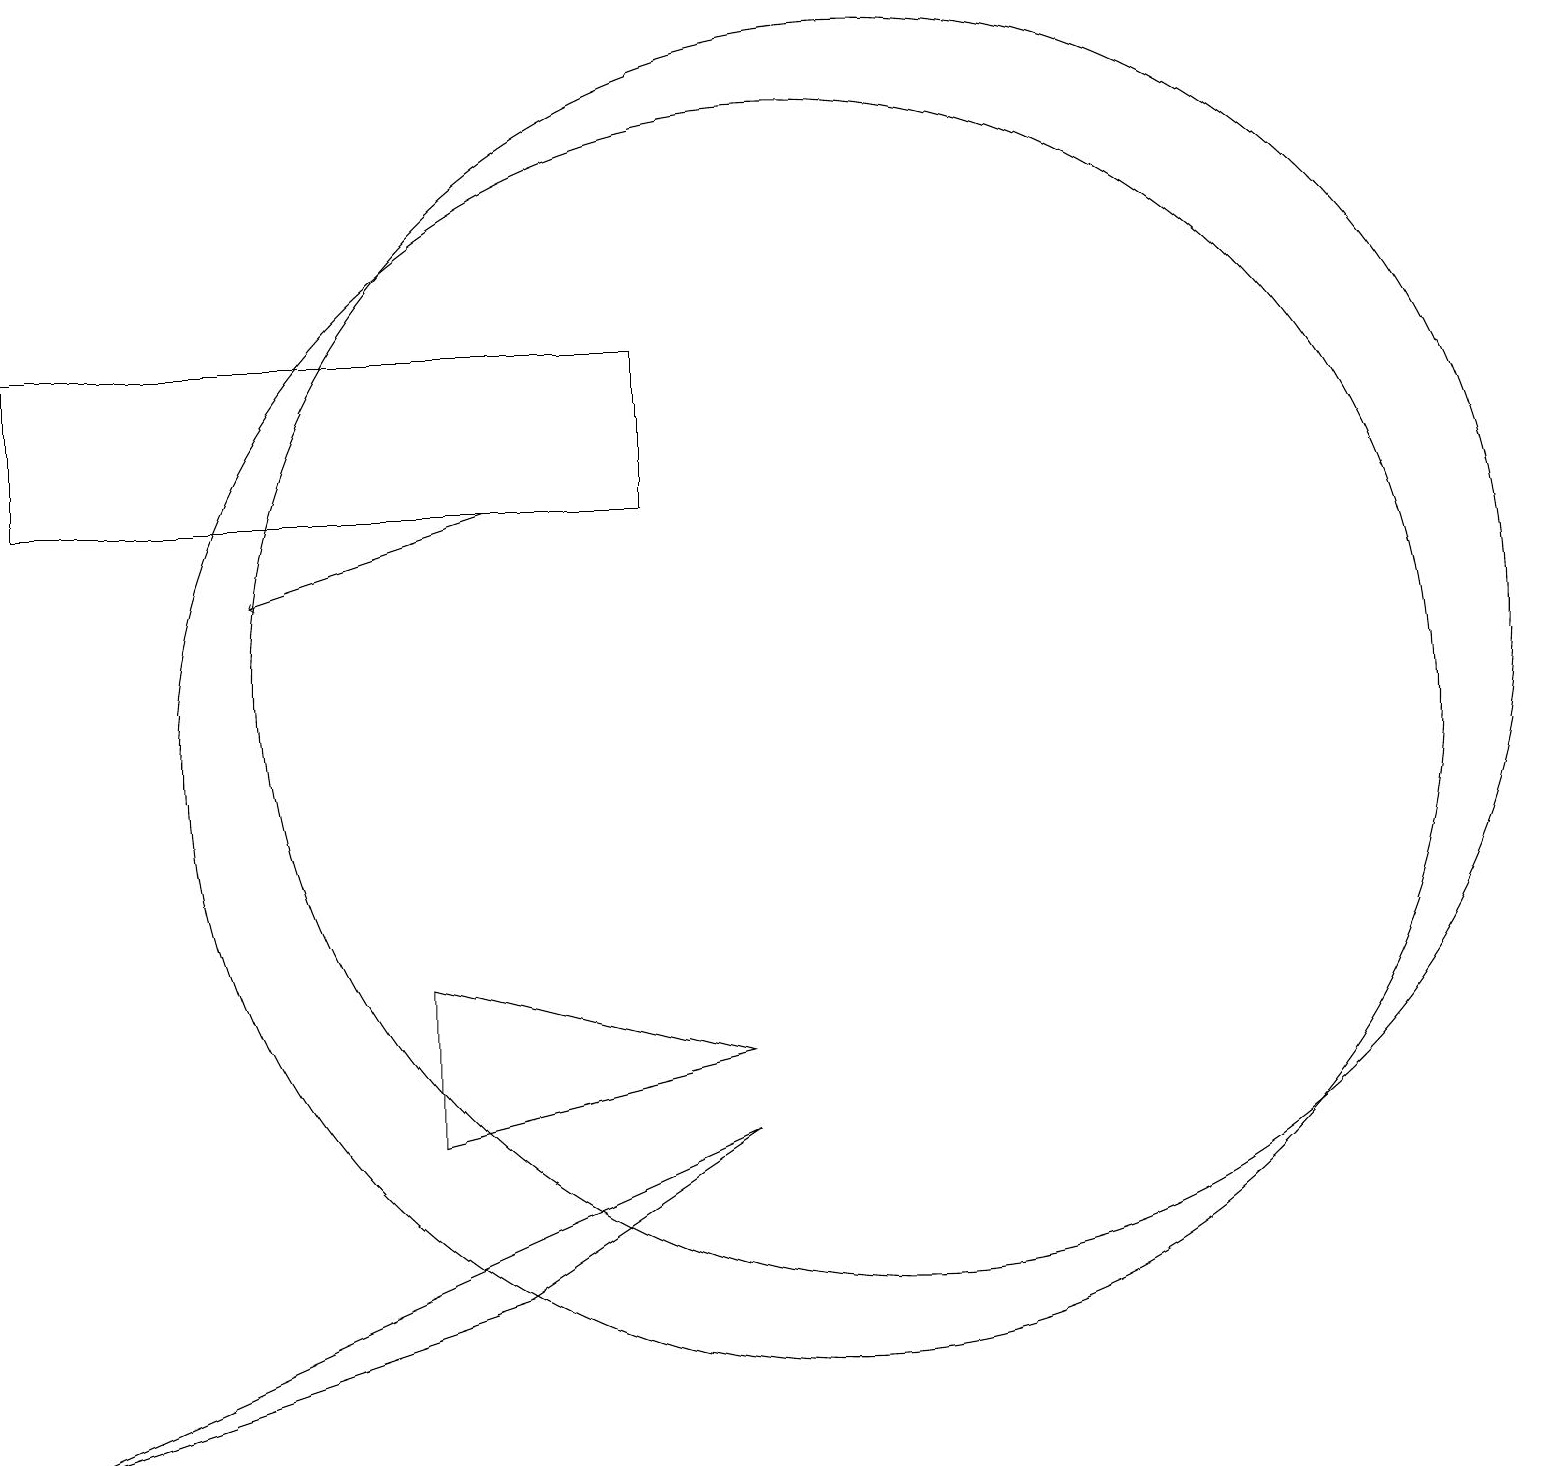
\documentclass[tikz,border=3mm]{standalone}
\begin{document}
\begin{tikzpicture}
\draw[->] (6,13) -- (3,12);
\draw (11,11) circle (8);
\draw (6,3) -- (0,1) -- (9,5) -- cycle;
\draw (0,13) rectangle (8,15);
\draw (10,10) circle (8);
\draw (5,7) -- (5,5) -- (9,6) -- cycle;
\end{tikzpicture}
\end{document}